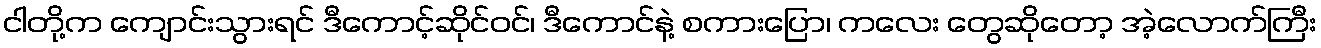
ငါတို့က ကျောင်းသွားရင် ဒီကောင့်ဆိုင်ဝင်၊ ဒီကောင်နဲ့ စကားပြော၊ ကလေး တွေဆိုတော့ အဲ့လောက်ကြီး